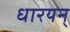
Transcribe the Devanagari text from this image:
धारयन्